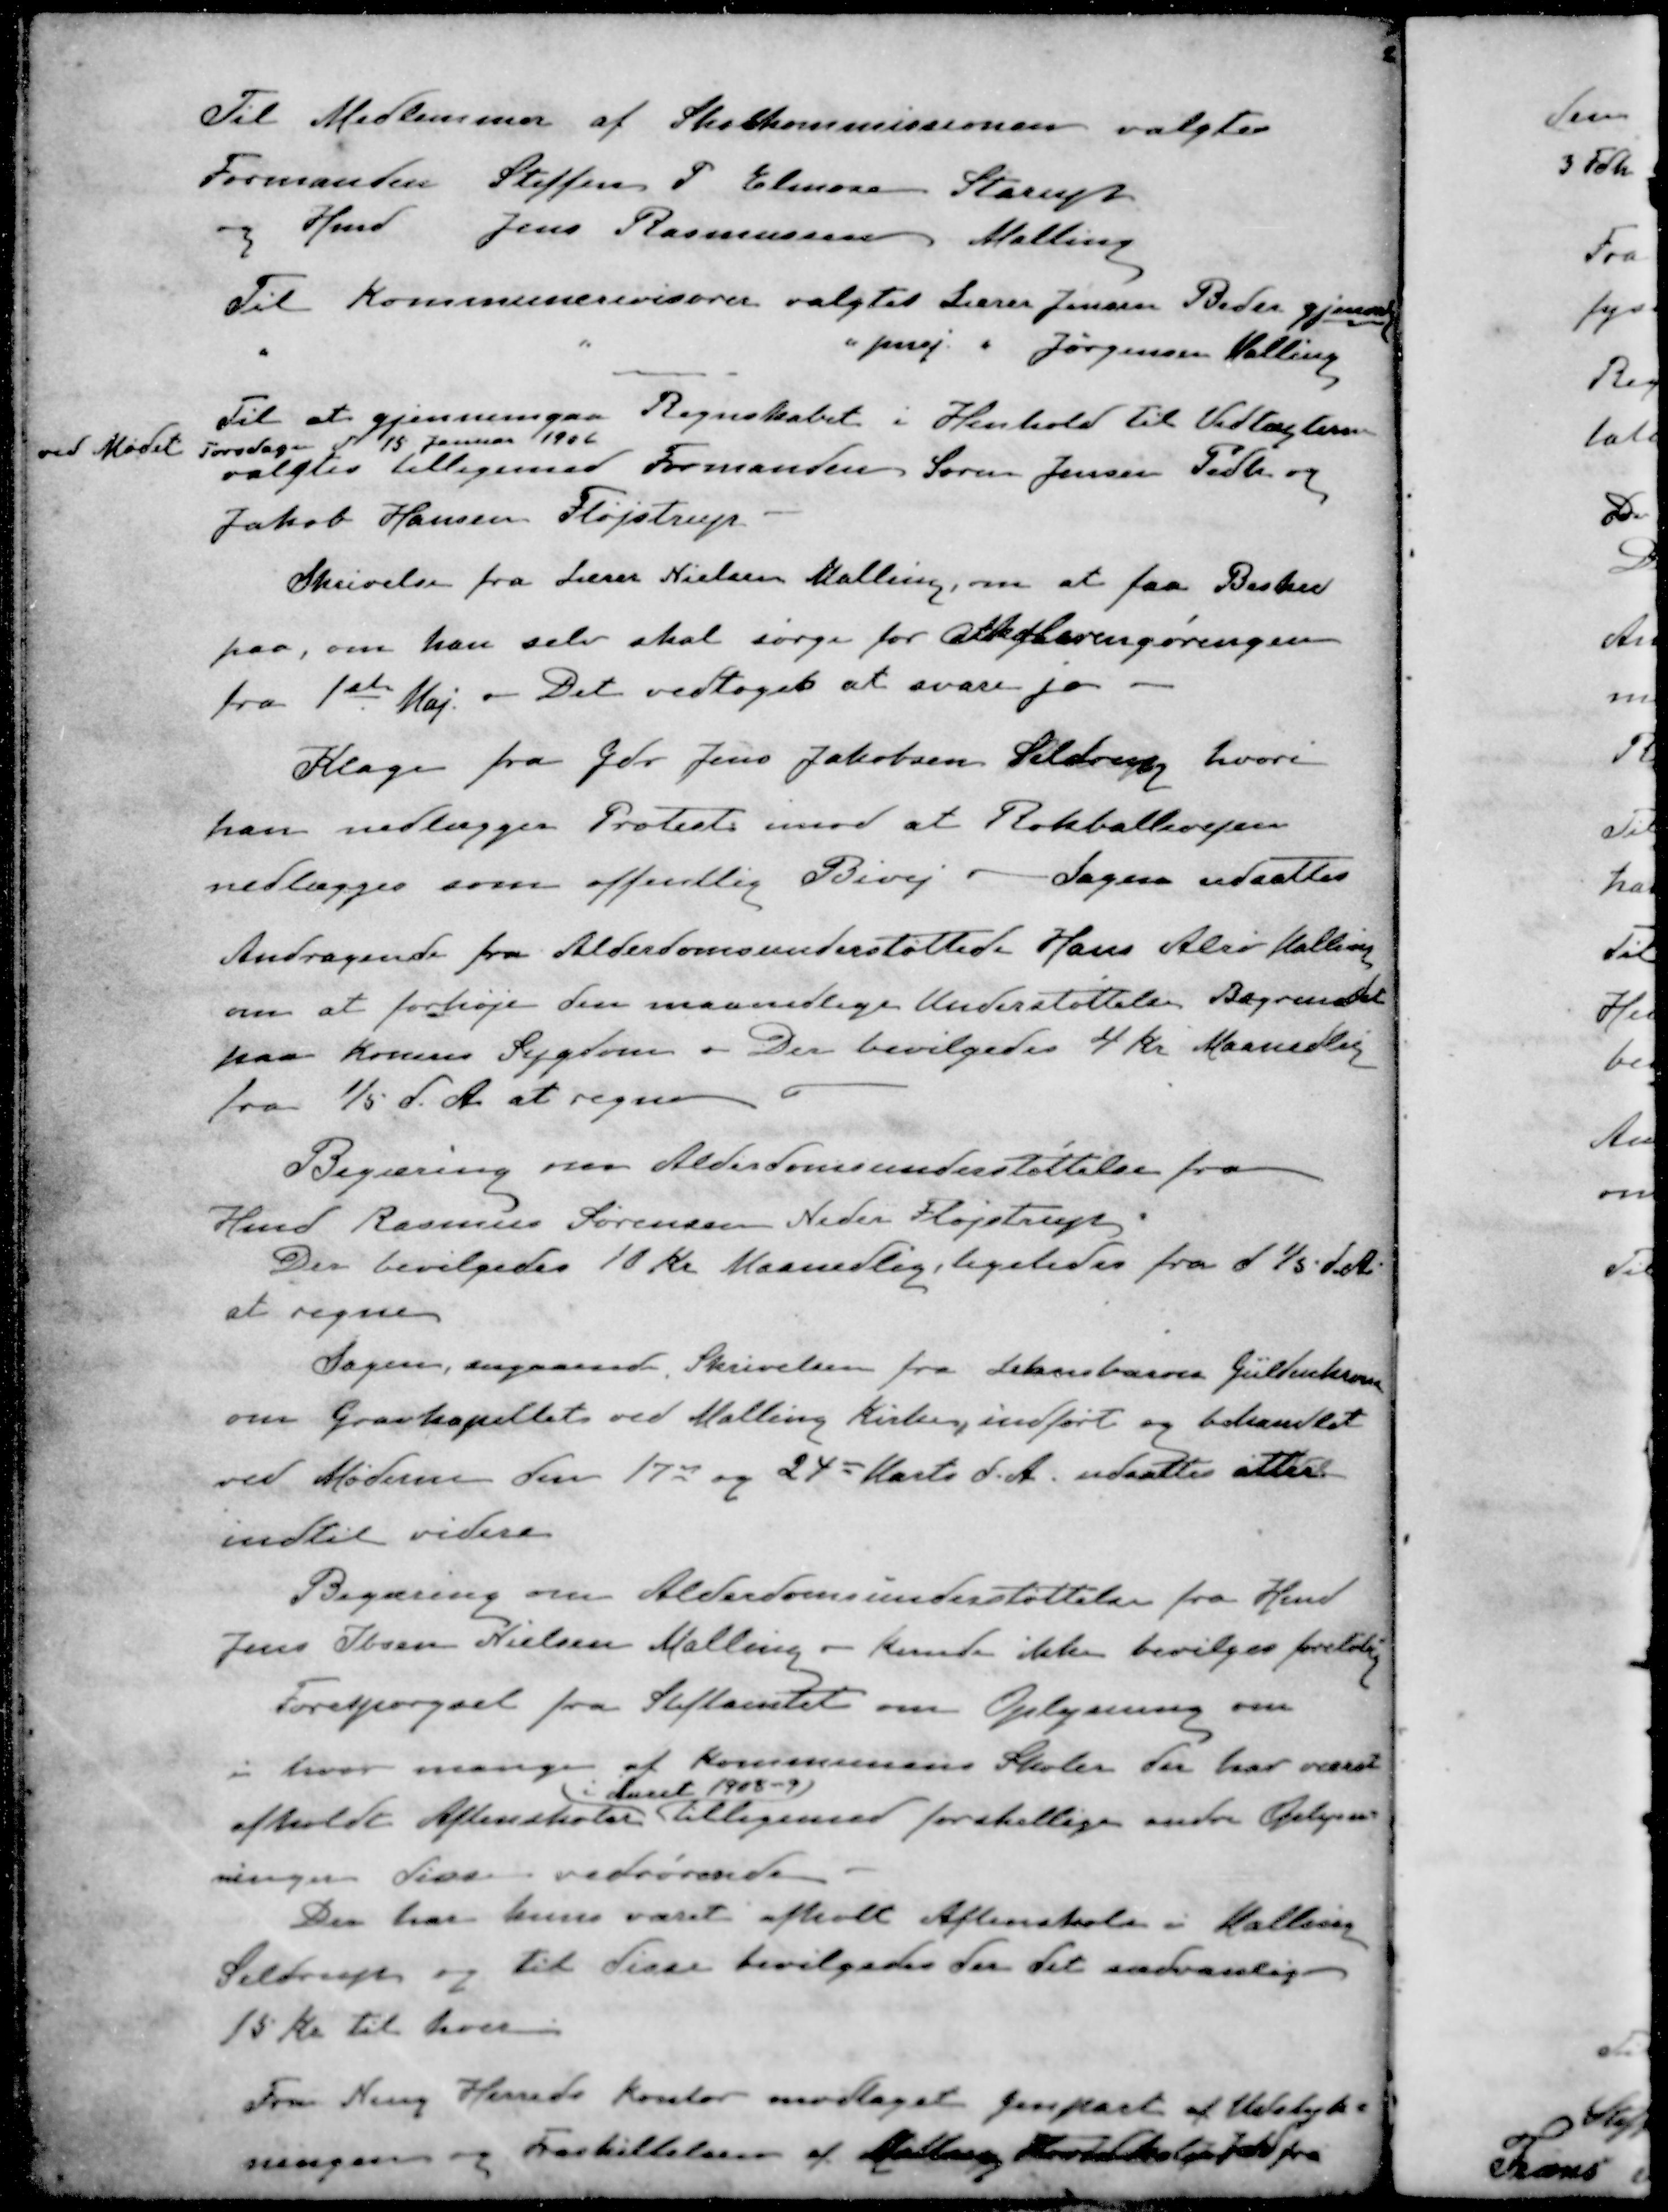
Transskription:
Til Medlemmer af Skolekommissionen valgtes
Formanden Steffen P Elmose Starup
og Hmd Jens Rasmussen Malling
Til Kommunerevisorer valgtes Lærer Jensen Beder gjenvalg
" " " pens " Jørgensen Malling
Til at gjennemgaa Regnskabet i Henhold til Vedtægterne
ved Mødet Torsdag d 15 Januar 1906
valgtes tilligemed Formanden Søren Jensen Pedh og
Jakob Hansen Fløjstrup
Skrivelse fra Lærer Nielsen Malling, om at faa Besked
paa, om han selv skal sørge for Atkøberengøringen
fra 1ste Maj. Det vedtoges at svare ja
Klage fra Gdr Jens Jakobsen Seldrup hvori
han nedlægger Protest imod at Rokballevejen
nedlægges som offentlig Bivej - Sagen udsattes
Andragende fra Alderdomsunderstøttede Hans Alrø Malling
om at forhøje den maanedlige Understøttelse Begrundet
paa Konens Sygdom. Der bevilgedes 4 Kr Maanedlig
fra 1/5 d. A. at regne
Begæring om Alderdomsunderstøttelse fra
Hmd Rasmus Sørensen Neder Fløjstrup
Der bevilgedes 10 Kr Maanedlig, ligeledes fra 1/5 d.A.
at regne
Sagen, angaaende Skrivelsen fra Lehnsbaron Güldenkrone
om Gravkapellet ved Malling Kirke, indført og behandlet
ved Møderne den 17de og 24de Marts d. A. udsattes atter
indtil videre
Begæring om Alderdomsunderstøttelse fra Hmd
Jens Olsen Nielsen Malling - kunde ikke bevilges foreløbig
Forespørgsel fra Stiftamtet om Oplysning om
i hvor mange af Kommunens Skoler der har været
i Aaret 1908-9
afholdt Aftenskoler tilligemed forskellige andre Oplysning
ringer dive vedrørende
Der har kun været afholt Aftenskole i Malling
Seldrup og til disse bevilgedes der det sædvanlige
15 Kr til hver
Fra Ning Herreds kontor modtaget genpart af Udstyk-
ningen og Fraskillelsen af Malling Hovedskoles Jord fra